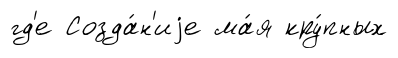
гд'е Созда́н'иjе ма́я кру́пных